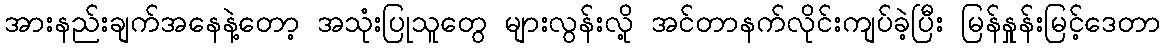
အားနည်းချက်အနေနဲ့တော့ အသုံးပြုသူတွေ များလွန်းလို့ အင်တာနက်လိုင်းကျပ်ခဲ့ပြီး မြန်နှုန်းမြင့်ဒေတာ